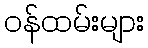
ဝန်ထမ်းများ